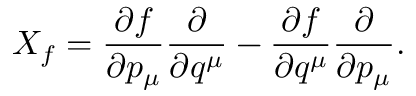
X _ { f } = { \frac { \partial f } { \partial p _ { \mu } } } { \frac { \partial } { \partial q ^ { \mu } } } - { \frac { \partial f } { \partial q ^ { \mu } } } { \frac { \partial } { \partial p _ { \mu } } } .